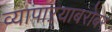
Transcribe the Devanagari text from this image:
व्यापाऱ्याबरोबर